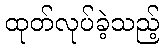
ထုတ်လုပ်ခဲ့သည့်